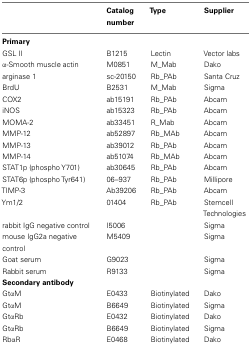
<table><thead><tr><td></td><td><b>Catalog number</b></td><td><b>Type</b></td><td><b>Supplier</b></td></tr></thead><tbody><tr><td><b>Primary</b></td></tr><tr><td>GSL II</td><td>B1215</td><td>Lectin</td><td>Vector labs</td></tr><tr><td>α-Smooth muscle actin</td><td>M0851</td><td>M_Mab</td><td>Dako</td></tr><tr><td>arginase 1</td><td>sc-20150</td><td>Rb_PAb</td><td>Santa Cruz</td></tr><tr><td>BrdU</td><td>B2531</td><td>M_Mab</td><td>Sigma</td></tr><tr><td>COX2</td><td>ab15191</td><td>Rb_PAb</td><td>Abcam</td></tr><tr><td>iNOS</td><td>ab15323</td><td>Rb_PAb</td><td>Abcam</td></tr><tr><td>MOMA-2</td><td>ab33451</td><td>R_Mab</td><td>Abcam</td></tr><tr><td>MMP-12</td><td>ab52897</td><td>Rb_MAb</td><td>Abcam</td></tr><tr><td>MMP-13</td><td>ab39012</td><td>Rb_PAb</td><td>Abcam</td></tr><tr><td>MMP-14</td><td>ab51074</td><td>Rb_MAb</td><td>Abcam</td></tr><tr><td>STAT1p (phospho Y701)</td><td>ab30645</td><td>Rb_PAb</td><td>Abcam</td></tr><tr><td>STAT6p (phospho Tyr641)</td><td>06–937</td><td>Rb_PAb</td><td>Millipore</td></tr><tr><td>TIMP-3</td><td>Ab39206</td><td>Rb_PAb</td><td>Abcam</td></tr><tr><td>Ym1/2</td><td>01404</td><td>Rb_PAb</td><td>Stemcell Technologies</td></tr><tr><td>rabbit IgG negative control</td><td>I5006</td><td></td><td>Sigma</td></tr><tr><td>mouse IgG2a negative control</td><td>M5409</td><td></td><td>Sigma</td></tr><tr><td>Goat serum</td><td>G9023</td><td></td><td>Sigma</td></tr><tr><td>Rabbit serum</td><td>R9133</td><td></td><td>Sigma</td></tr><tr><td><b>Secondary antibody</b></td></tr><tr><td>GtαM</td><td>E0433</td><td>Biotinylated</td><td>Dako</td></tr><tr><td>GtαM</td><td>B6649</td><td>Biotinylated</td><td>Sigma</td></tr><tr><td>GtαRb</td><td>E0432</td><td>Biotinylated</td><td>Dako</td></tr><tr><td>GtαRb</td><td>B6649</td><td>Biotinylated</td><td>Sigma</td></tr><tr><td>RbαR</td><td>E0468</td><td>Biotinylated</td><td>Dako</td></tr></tbody></table>